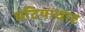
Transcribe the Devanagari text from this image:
घटियाघाट